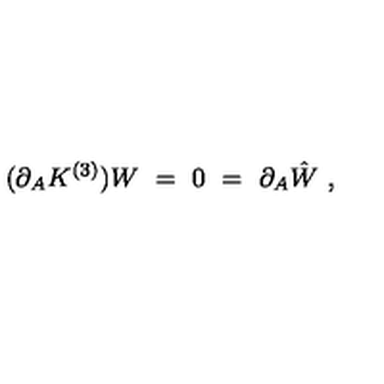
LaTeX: ( \partial _ { A } K ^ { ( 3 ) } ) W \ = \ 0 \ = \ \partial _ { A } \hat { W } \ ,